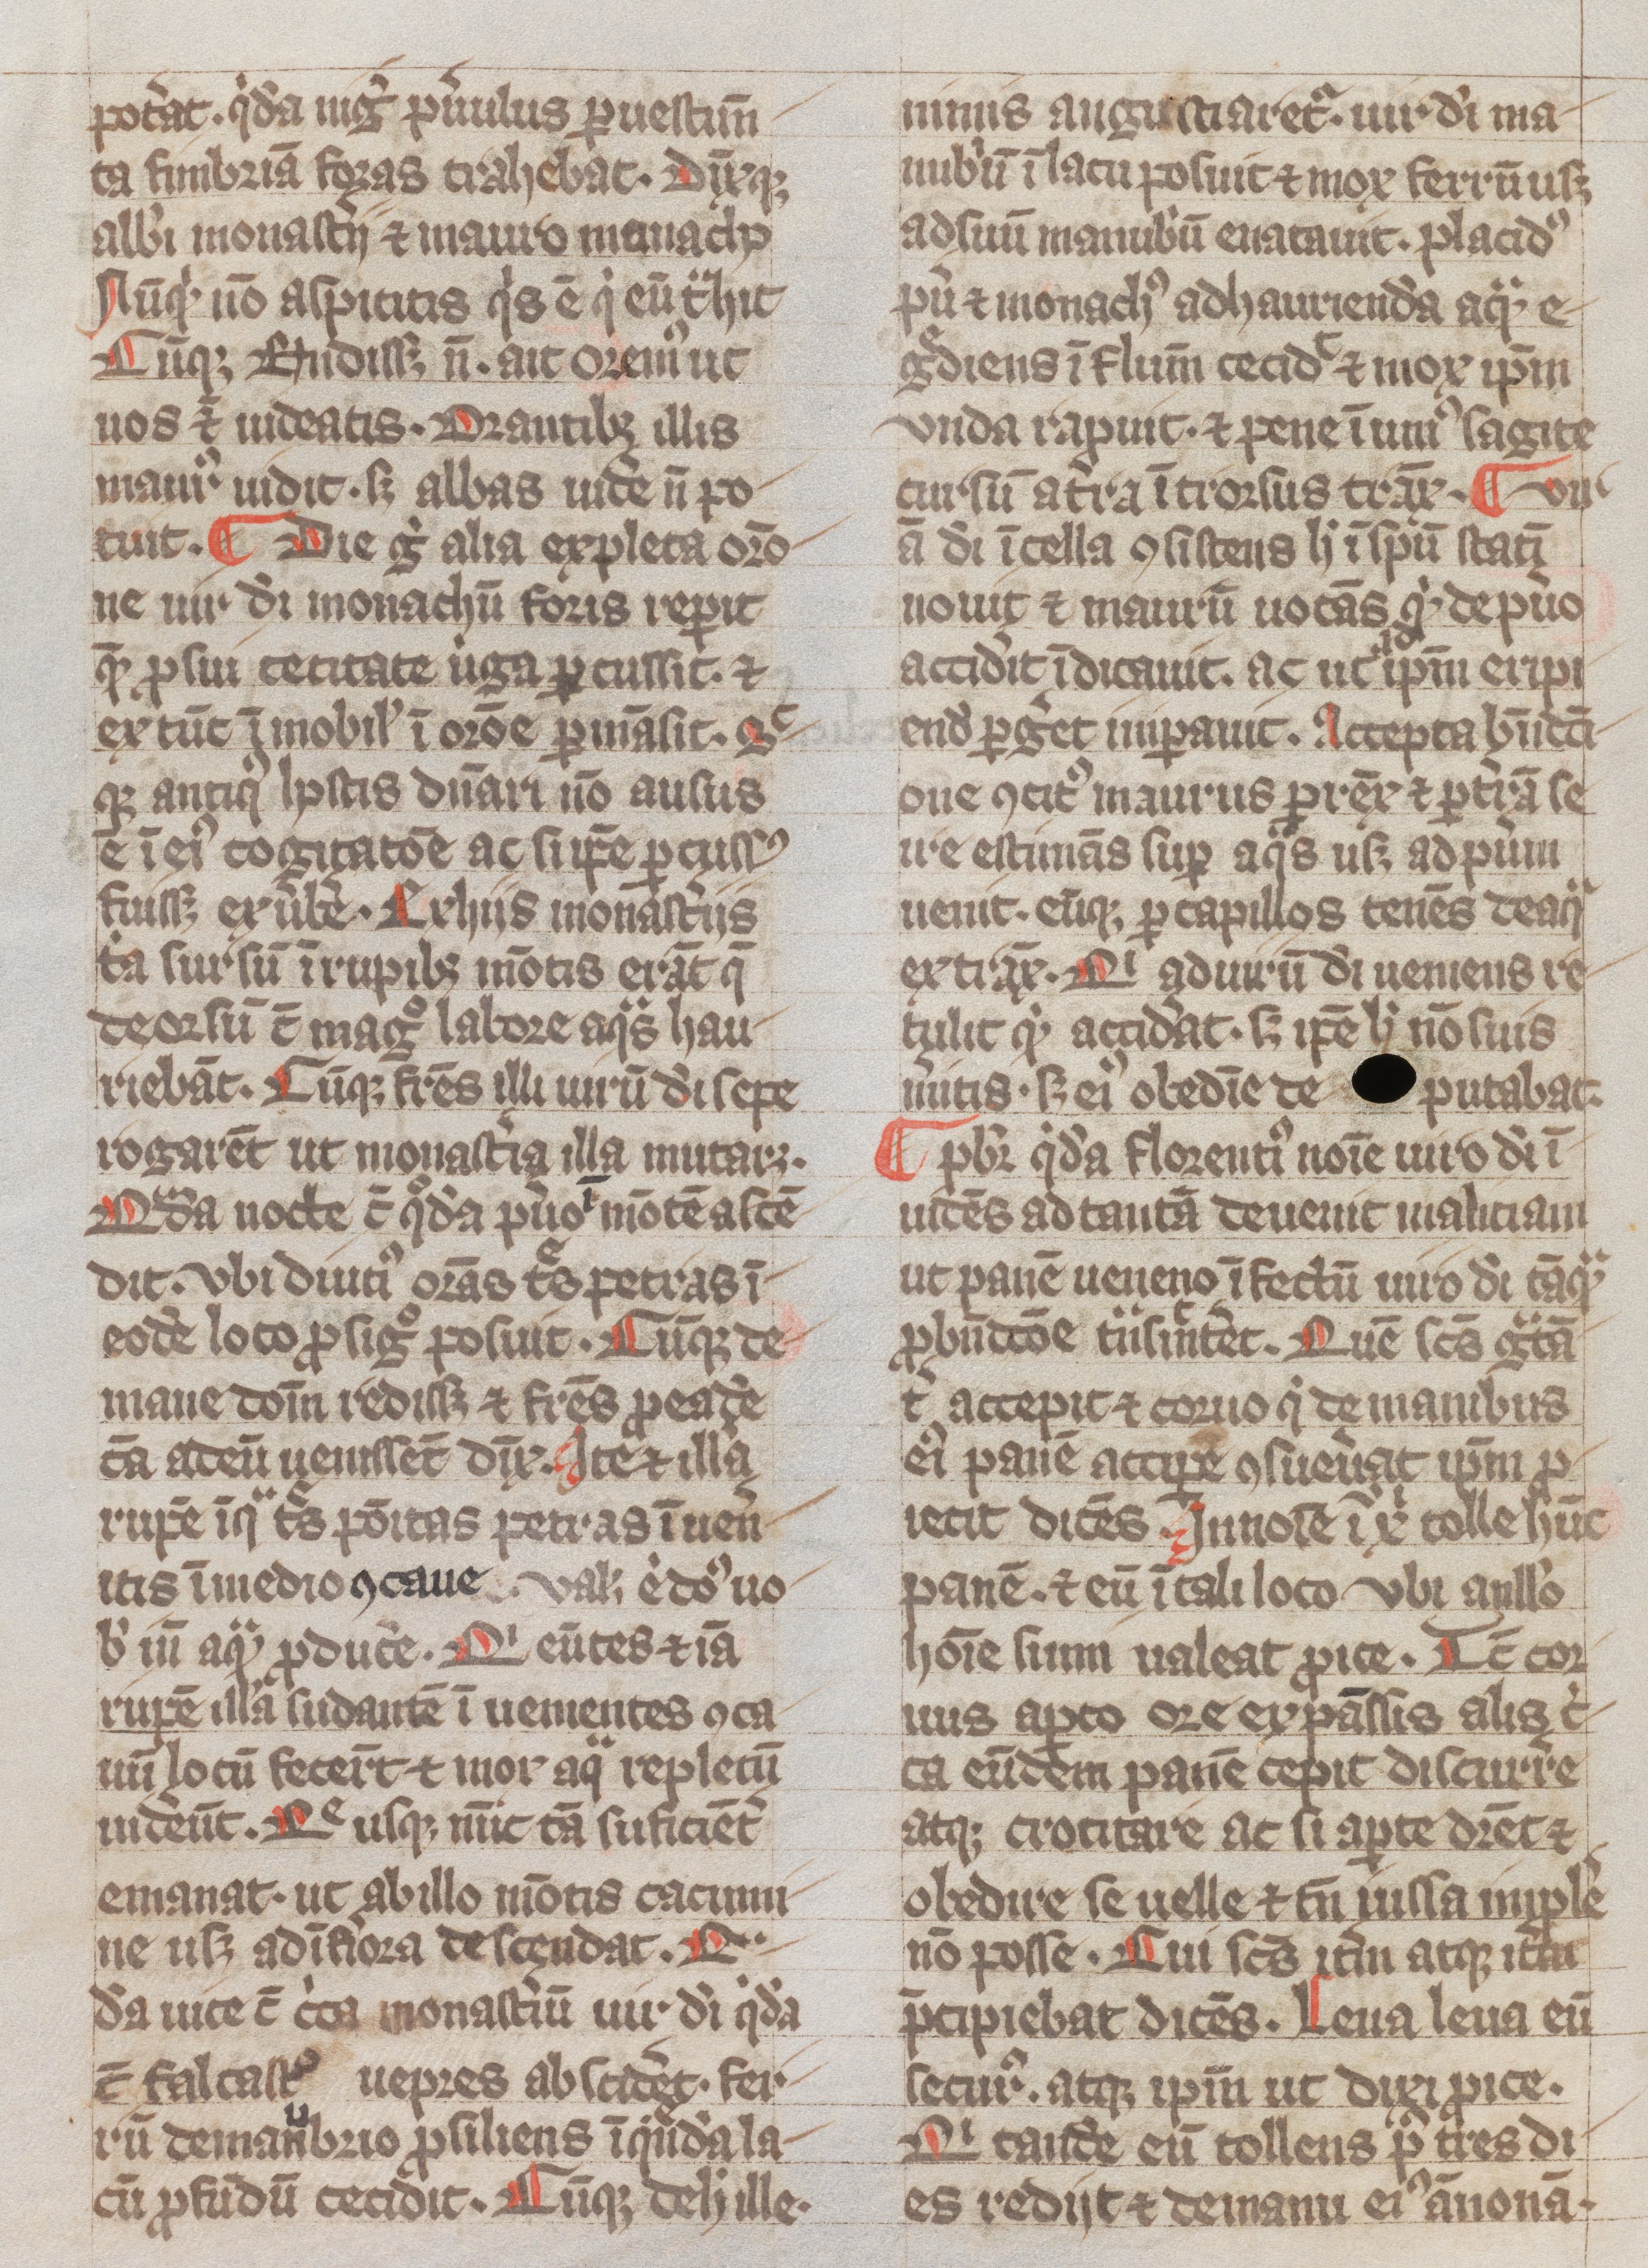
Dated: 1300–1399